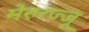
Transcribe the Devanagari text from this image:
मेरुरज्जू